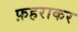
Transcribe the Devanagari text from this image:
फ़हराकर